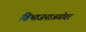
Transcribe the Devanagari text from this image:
विभाजनाअगोदर